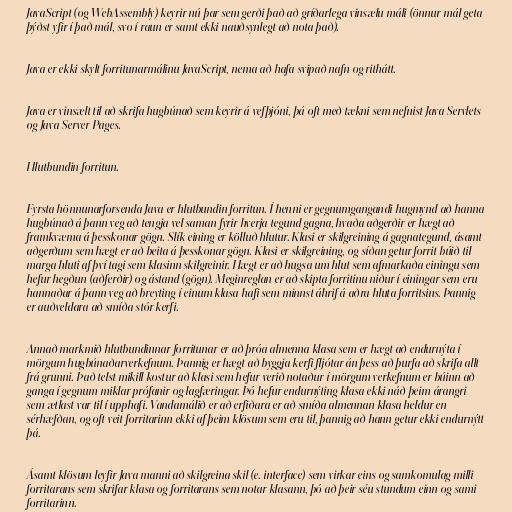
JavaScript (og WebAssembly) keyrir nú þar sem gerði það að gríðarlega vinsælu máli (önnur mál geta
þýðst yfir í það mál, svo í raun er samt ekki nauðsynlegt að nota það).

Java er ekki skylt forritunarmálinu JavaScript, nema að hafa svipað nafn og rithátt.

Java er vinsælt til að skrifa hugbúnað sem keyrir á vefþjóni, þá oft með tækni sem nefnist Java Servlets
og Java Server Pages.

Hlutbundin forritun.

Fyrsta hönnunarforsenda Java er hlutbundin forritun. Í henni er gegnumgangandi hugmynd að hanna
hugbúnað á þann veg að tengja vel saman fyrir hverja tegund gagna, hvaða aðgerðir er hægt að
framkvæma á þesskonar gögn. Slík eining er kölluð hlutur. Klasi er skilgreining á gagnategund, ásamt
aðgerðum sem hægt er að beita á þesskonar gögn. Klasi er skilgreining, og síðan getur forrit búið til
marga hluti af því tagi sem klasinn skilgreinir. Hægt er að hugsa um hlut sem afmarkaða einingu sem
hefur hegðun (aðferðir) og ástand (gögn). Meginreglan er að skipta forritinu niður í einingar sem eru
hannaðar á þann veg að breyting í einum klasa hafi sem minnst áhrif á aðra hluta forritsins. Þannig
er auðveldara að smíða stór kerfi.

Annað markmið hlutbundinnar forritunar er að þróa almenna klasa sem er hægt að endurnýta í
mörgum hugbúnaðarverkefnum. Þannig er hægt að byggja kerfi fljótar án þess að þurfa að skrifa allt
frá grunni. Það telst mikill kostur að klasi sem hefur verið notaður í mörgum verkefnum er búinn að
ganga í gegnum miklar prófanir og lagfæringar. Þó hefur endurnýting klasa ekki náð þeim árangri
sem ætlast var til í upphafi. Vandamálið er að erfiðara er að smíða almennan klasa heldur en
sérhæfðan, og oft veit forritarinn ekki af þeim klösum sem eru til, þannig að hann getur ekki endurnýtt
þá.

Ásamt klösum leyfir Java manni að skilgreina skil (e. interface) sem virkar eins og samkomulag milli
forritarans sem skrifar klasa og forritarans sem notar klasann, þó að þeir séu stundum einn og sami
forritarinn.